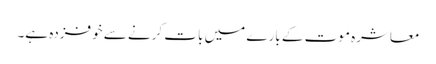
معاشرہ موت کے بارے میں بات کرنے سے خوفزدہ ہے۔